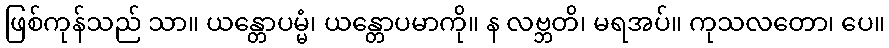
ဖြစ်ကုန်သည် သာ။ ယန္တောပမ္မံ၊ ယန္တောပမာကို။ န လဗ္ဘတိ၊ မရအပ်။ ကုသလတော၊ ပေ။